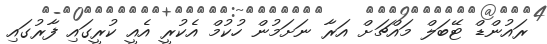
ރައުންޑް ޓޭބަލް މައްޗަށް އަރާ ނަށަމުން ހުކުމް އެކުރީ އެެއީ ކުރީގައި ފާރުގައި